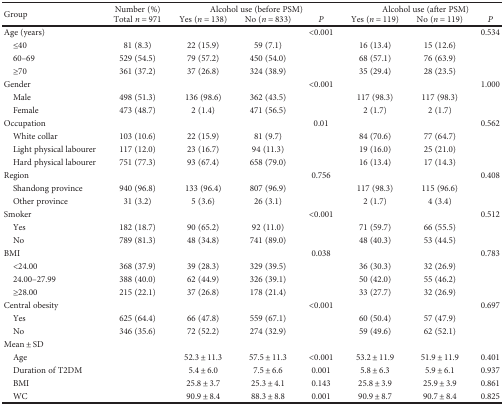
<table><thead><tr><td rowspan="2"><b>Group</b></td><td><b>Number (%)</b></td><td colspan="3"><b>Alcohol use (before PSM)</b></td><td colspan="3"><b>Alcohol use (after PSM)</b></td></tr><tr><td><b>Total <i>n</i> = 971</b></td><td><b>Yes (<i>n</i> = 138)</b></td><td><b>No (<i>n</i> = 833)</b></td><td><b><i>P</i></b></td><td><b>Yes (<i>n</i> = 119)</b></td><td><b>No (<i>n</i> = 119)</b></td><td><b><i>P</i></b></td></tr></thead><tbody><tr><td>Age (years)</td><td></td><td></td><td></td><td>&lt;0.001</td><td></td><td></td><td>0.534</td></tr><tr><td> ≤40</td><td>81 (8.3)</td><td>22 (15.9)</td><td>59 (7.1)</td><td></td><td>16 (13.4)</td><td>15 (12.6)</td><td></td></tr><tr><td> 60–69</td><td>529 (54.5)</td><td>79 (57.2)</td><td>450 (54.0)</td><td></td><td>68 (57.1)</td><td>76 (63.9)</td><td></td></tr><tr><td> ≥70</td><td>361 (37.2)</td><td>37 (26.8)</td><td>324 (38.9)</td><td></td><td>35 (29.4)</td><td>28 (23.5)</td><td></td></tr><tr><td>Gender</td><td></td><td></td><td></td><td>&lt;0.001</td><td></td><td></td><td>1.000</td></tr><tr><td> Male</td><td>498 (51.3)</td><td>136 (98.6)</td><td>362 (43.5)</td><td></td><td>117 (98.3)</td><td>117 (98.3)</td><td></td></tr><tr><td> Female</td><td>473 (48.7)</td><td>2 (1.4)</td><td>471 (56.5)</td><td></td><td>2 (1.7)</td><td>2 (1.7)</td><td></td></tr><tr><td>Occupation</td><td></td><td></td><td></td><td>0.01</td><td></td><td></td><td>0.562</td></tr><tr><td> White collar</td><td>103 (10.6)</td><td>22 (15.9)</td><td>81 (9.7)</td><td></td><td>84 (70.6)</td><td>77 (64.7)</td><td></td></tr><tr><td> Light physical labourer</td><td>117 (12.0)</td><td>23 (16.7)</td><td>94 (11.3)</td><td></td><td>19 (16.0)</td><td>25 (21.0)</td><td></td></tr><tr><td> Hard physical labourer</td><td>751 (77.3)</td><td>93 (67.4)</td><td>658 (79.0)</td><td></td><td>16 (13.4)</td><td>17 (14.3)</td><td></td></tr><tr><td>Region</td><td></td><td></td><td></td><td>0.756</td><td></td><td></td><td>0.408</td></tr><tr><td> Shandong province</td><td>940 (96.8)</td><td>133 (96.4)</td><td>807 (96.9)</td><td></td><td>117 (98.3)</td><td>115 (96.6)</td><td></td></tr><tr><td> Other province</td><td>31 (3.2)</td><td>5 (3.6)</td><td>26 (3.1)</td><td></td><td>2 (1.7)</td><td>4 (3.4)</td><td></td></tr><tr><td>Smoker</td><td></td><td></td><td></td><td>&lt;0.001</td><td></td><td></td><td>0.512</td></tr><tr><td> Yes</td><td>182 (18.7)</td><td>90 (65.2)</td><td>92 (11.0)</td><td></td><td>71 (59.7)</td><td>66 (55.5)</td><td></td></tr><tr><td> No</td><td>789 (81.3)</td><td>48 (34.8)</td><td>741 (89.0)</td><td></td><td>48 (40.3)</td><td>53 (44.5)</td><td></td></tr><tr><td>BMI</td><td></td><td></td><td></td><td>0.038</td><td></td><td></td><td>0.783</td></tr><tr><td> &lt;24.00</td><td>368 (37.9)</td><td>39 (28.3)</td><td>329 (39.5)</td><td></td><td>36 (30.3)</td><td>32 (26.9)</td><td></td></tr><tr><td> 24.00–27.99</td><td>388 (40.0)</td><td>62 (44.9)</td><td>326 (39.1)</td><td></td><td>50 (42.0)</td><td>55 (46.2)</td><td></td></tr><tr><td> ≥28.00</td><td>215 (22.1)</td><td>37 (26.8)</td><td>178 (21.4)</td><td></td><td>33 (27.7)</td><td>32 (26.9)</td><td></td></tr><tr><td>Central obesity</td><td></td><td></td><td></td><td>&lt;0.001</td><td></td><td></td><td>0.697</td></tr><tr><td> Yes</td><td>625 (64.4)</td><td>66 (47.8)</td><td>559 (67.1)</td><td></td><td>60 (50.4)</td><td>57 (47.9)</td><td></td></tr><tr><td> No</td><td>346 (35.6)</td><td>72 (52.2)</td><td>274 (32.9)</td><td></td><td>59 (49.6)</td><td>62 (52.1)</td><td></td></tr><tr><td>Mean ± SD</td><td></td><td></td><td></td><td></td><td></td><td></td><td></td></tr><tr><td> Age</td><td></td><td>52.3 ± 11.3</td><td>57.5 ± 11.3</td><td>&lt;0.001</td><td>53.2 ± 11.9</td><td>51.9 ± 11.9</td><td>0.401</td></tr><tr><td> Duration of T2DM</td><td></td><td>5.4 ± 6.0</td><td>7.5 ± 6.6</td><td>0.001</td><td>5.8 ± 6.3</td><td>5.9 ± 6.1</td><td>0.937</td></tr><tr><td> BMI</td><td></td><td>25.8 ± 3.7</td><td>25.3 ± 4.1</td><td>0.143</td><td>25.8 ± 3.9</td><td>25.9 ± 3.9</td><td>0.861</td></tr><tr><td> WC</td><td></td><td>90.9 ± 8.4</td><td>88.3 ± 8.8</td><td>0.001</td><td>90.9 ± 8.7</td><td>90.7 ± 8.4</td><td>0.825</td></tr></tbody></table>